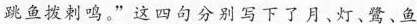
跳鱼拨剌鸣。”这四句分别写下了月、灯、鹭、鱼